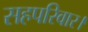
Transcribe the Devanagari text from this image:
सहपरिवार।